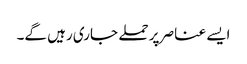
ایسے عناصر پر حملے جاری رہیں گے۔